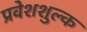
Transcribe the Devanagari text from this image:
प्रवेशशुल्क